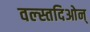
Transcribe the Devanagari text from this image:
वल्स्तदिओन्